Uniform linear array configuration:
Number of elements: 8
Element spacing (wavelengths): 0.75
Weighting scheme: hamming
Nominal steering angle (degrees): -15
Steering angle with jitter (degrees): -14.888
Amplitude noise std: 0.05
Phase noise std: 0.05

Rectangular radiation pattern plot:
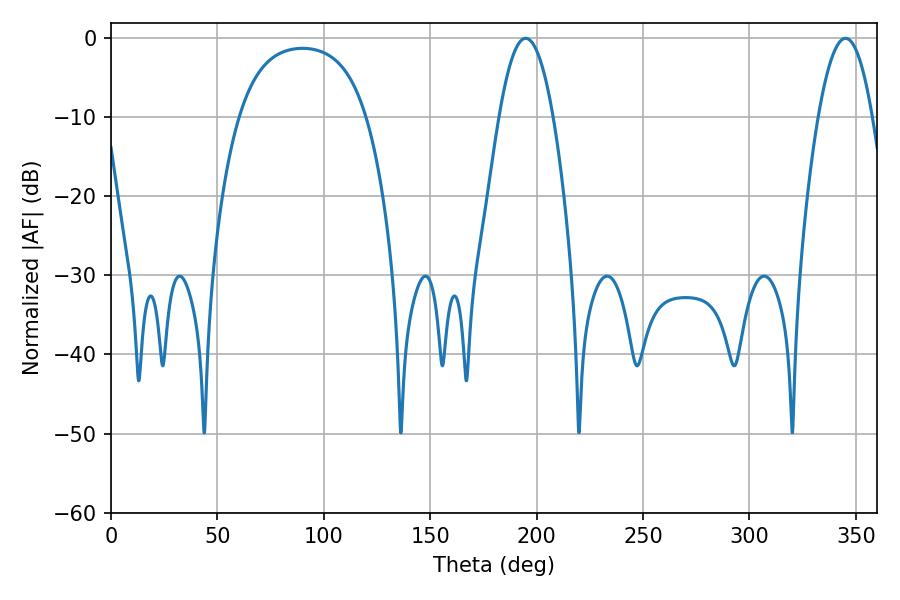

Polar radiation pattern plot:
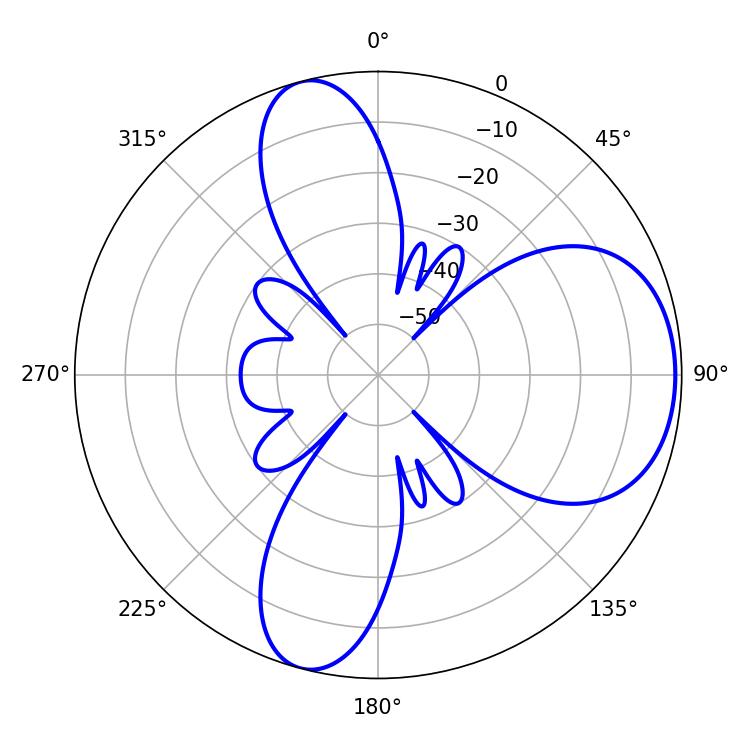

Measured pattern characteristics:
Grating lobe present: TRUE
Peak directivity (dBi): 7.224
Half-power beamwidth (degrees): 14.04
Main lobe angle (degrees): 194.94